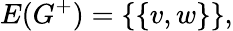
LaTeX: E(G^{+})=\{ \{ v,w\} \} ,